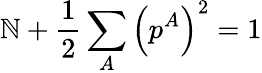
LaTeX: \mathbb{N}+\frac{{1}}{{2}}\sum_{A}\left(p^{A}\right)^{2}=1